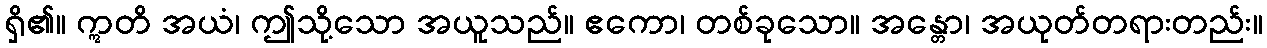
ရှိ၏။ ဣတိ အယံ၊ ဤသို့သော အယူသည်။ ဧကော၊ တစ်ခုသော။ အန္တော၊ အယုတ်တရားတည်း။